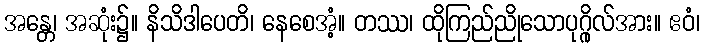
အန္တေ၊ အဆုံး၌။ နိသိဒါပေတိ၊ နေစေအံ့။ တဿ၊ ထိုကြည်ညိုသောပုဂ္ဂိုလ်အား။ ဧဝံ၊